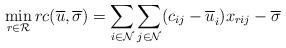
LaTeX: \begin{align*}\displaystyle \min_{r \in \mathcal{R}} rc(\overline{u},\overline{\sigma}) = \sum_{i \in \mathcal{N}} \sum_{j \in \mathcal{N}} (c_{ij} - \overline{u}_i^{ }) x_{rij} - \overline{\sigma} \end{align*}